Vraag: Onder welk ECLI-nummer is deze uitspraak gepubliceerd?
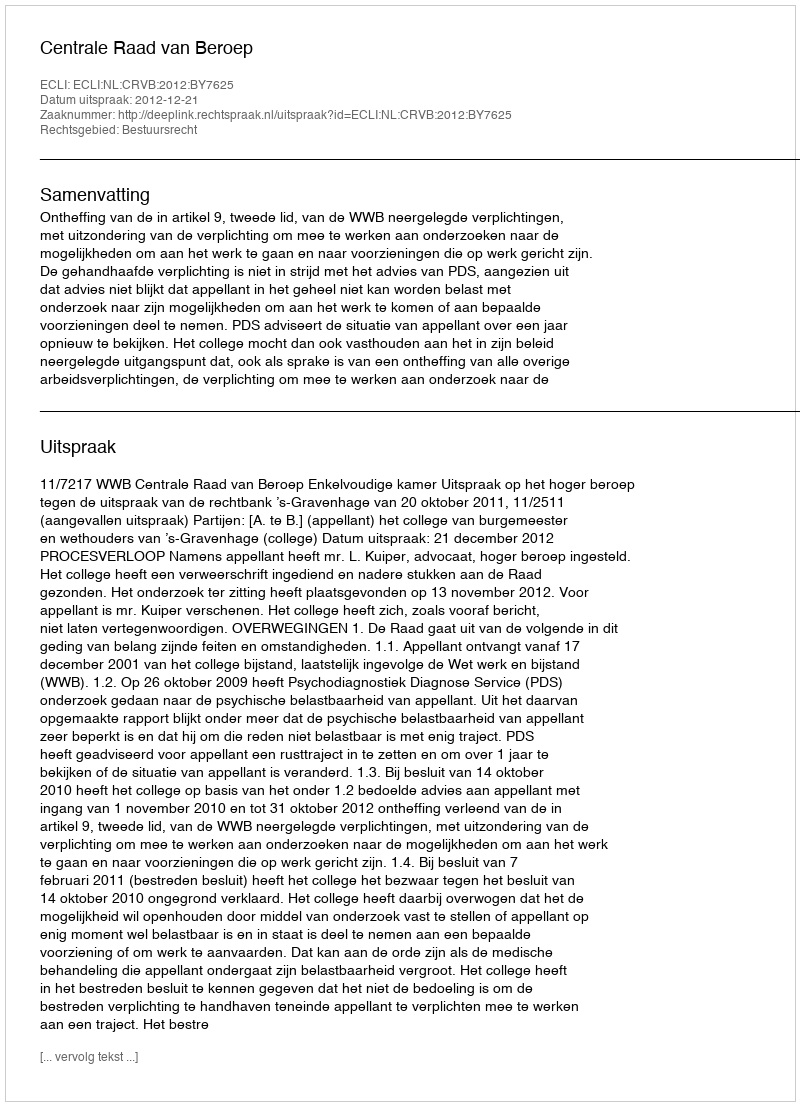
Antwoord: ECLI:NL:CRVB:2012:BY7625